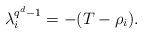
LaTeX: \begin{align*}\lambda_i^{q^d-1}=-(T-\rho_i).\end{align*}